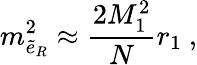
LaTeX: m_{\tilde{e}_{R}}^{2}\approx\frac{2M_{1}^{2}}{N}r_{1}\ ,